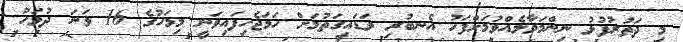
މި ދަތުރުފުޅު ނިންމަވާލެއްވުމަށްފަހު އެނބުރި ވަޑައިގަތުމަށް ހަމަޖެހިފައިވަނީ މިމަހުގެ 16 ވަނަ ދުވަހު